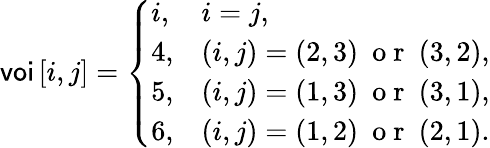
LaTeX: \textsf{voi}\left[i,j\right]=\left\{ \begin{array}{ll}{i,}&{i=j,}\\ {4,}&{(i,j)=(2,3)~\mathrm{~o~r~}~(3,2),}\\ {5,}&{(i,j)=(1,3)~\mathrm{~o~r~}~(3,1),}\\ {6,}&{(i,j)=(1,2)~\mathrm{~o~r~}~(2,1).}\end{array}\right.